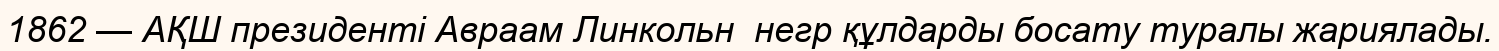
1862 — АҚШ президенті Авраам Линкольн  негр құлдарды босату туралы жариялады.